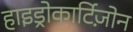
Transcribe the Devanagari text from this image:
हाइड्रोकार्टिज़ोन